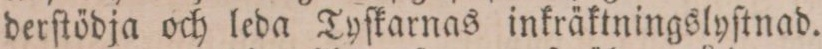
derſtödja och leda Tyſkarnas inkräktningslyſtnad.